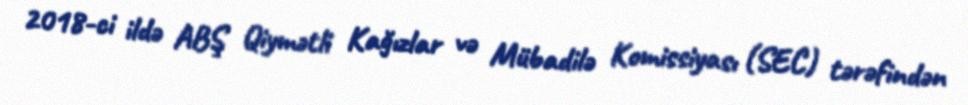
2018-ci ildə ABŞ Qiymətli Kağızlar və Mübadilə Komissiyası (SEC) tərəfindən